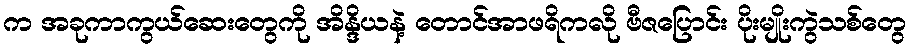
က အခုကာကွယ်ဆေးတွေကို အိန္ဒိယနဲ့ တောင်အာဖရိကလို ဗီဇပြောင်း ပိုးမျိုးကွဲသစ်တွေ